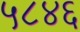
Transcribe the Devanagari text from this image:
५८४६